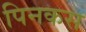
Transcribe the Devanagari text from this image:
पिनकस